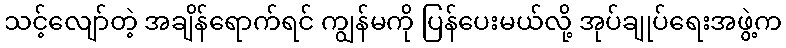
သင့်လျော်တဲ့ အချိန်ရောက်ရင် ကျွန်မကို ပြန်ပေးမယ်လို့ အုပ်ချုပ်ရေးအဖွဲ့က